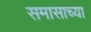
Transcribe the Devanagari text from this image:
समासाच्या